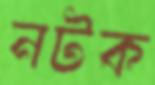
নটক